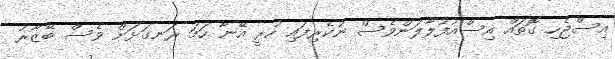
އިސްޖެހި ގޮތައް އިސްއުފުލާލަންވެސް ނުކެރިފައި ހުރީ އޭނާ ހަމަ ރަނގަޅަށް ވެސް ބޭޒާރު